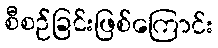
စီစဉ်ခြင်းဖြစ်ကြောင်း